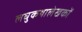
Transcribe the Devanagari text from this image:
लघुकथालेखकों